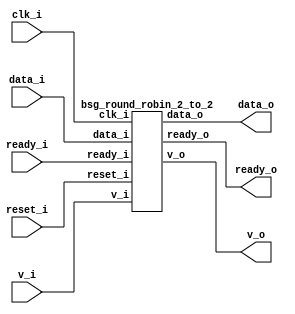
// This program was cloned from: https://github.com/chipsalliance/UHDM-integration-tests
// License: Apache License 2.0



module top
(
  clk_i,
  reset_i,
  data_i,
  v_i,
  ready_o,
  data_o,
  v_o,
  ready_i
);

  input [31:0] data_i;
  input [1:0] v_i;
  output [1:0] ready_o;
  output [31:0] data_o;
  output [1:0] v_o;
  input [1:0] ready_i;
  input clk_i;
  input reset_i;

  bsg_round_robin_2_to_2
  wrapper
  (
    .data_i(data_i),
    .v_i(v_i),
    .ready_o(ready_o),
    .data_o(data_o),
    .v_o(v_o),
    .ready_i(ready_i),
    .clk_i(clk_i),
    .reset_i(reset_i)
  );


endmodule



module bsg_round_robin_2_to_2
(
  clk_i,
  reset_i,
  data_i,
  v_i,
  ready_o,
  data_o,
  v_o,
  ready_i
);

  input [31:0] data_i;
  input [1:0] v_i;
  output [1:0] ready_o;
  output [31:0] data_o;
  output [1:0] v_o;
  input [1:0] ready_i;
  input clk_i;
  input reset_i;
  wire [1:0] ready_o,v_o;
  wire [31:0] data_o;
  wire N0,N1,head_r,N2,N3,N4,N5,N6;
  reg head_r_sv2v_reg;
  assign head_r = head_r_sv2v_reg;
  assign data_o = (N0)? { data_i[15:0], data_i[31:16] } : 
                  (N1)? data_i : 1'b0;
  assign N0 = head_r;
  assign N1 = N3;
  assign v_o = (N0)? { v_i[0:0], v_i[1:1] } : 
               (N1)? v_i : 1'b0;
  assign ready_o = (N0)? { ready_i[0:0], ready_i[1:1] } : 
                   (N1)? ready_i : 1'b0;
  assign N2 = N5 ^ N6;
  assign N5 = head_r ^ N4;
  assign N4 = v_i[1] & ready_o[1];
  assign N6 = v_i[0] & ready_o[0];
  assign N3 = ~head_r;

  always @(posedge clk_i) begin
    if(reset_i) begin
      head_r_sv2v_reg <= 1'b0;
    end else if(1'b1) begin
      head_r_sv2v_reg <= N2;
    end 
  end


endmodule